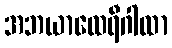
အဘယာထေရီဂါထာ